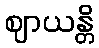
ဈာယန္တိ